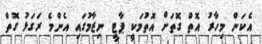
އެކަން މިހާރު އޮތް ގޮތަށް އޮތުމަކީ ޕާޓީ ނިޒާމުގައި އެންމެ ރަގަޅު ގޮތް